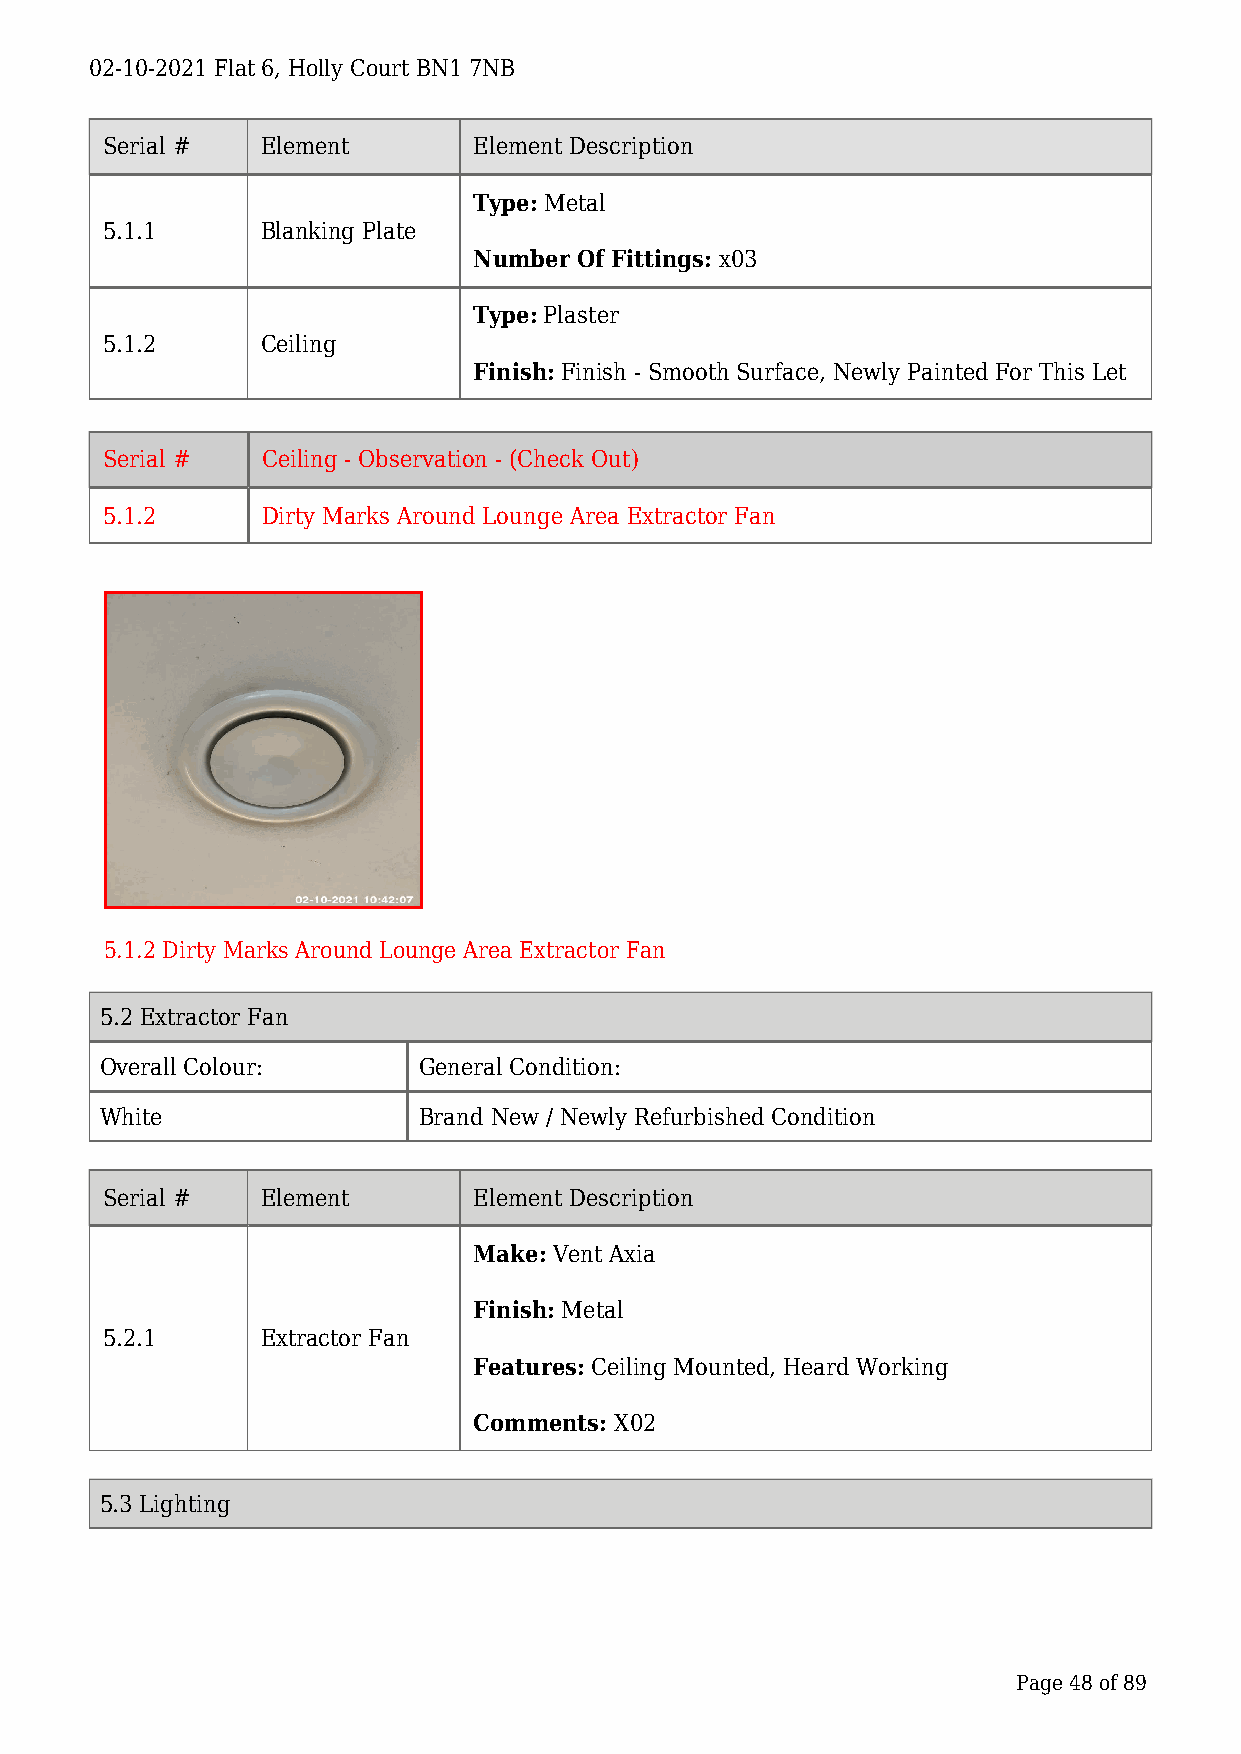
02-10-2021 Flat 6, Holly Court BN1 7NB
 Serial #  Element       Element Description
 Type: Metal
 5.1.1     Blanking Plate
 Number Of Fittings: x03
 Type: Plaster
 5.1.2     Ceiling
 Finish: Finish - Smooth Surface, Newly Painted For This Let
 Serial #  Ceiling - Observation - (Check Out)
 5.1.2     Dirty Marks Around Lounge Area Extractor Fan
 5.1.2 Dirty Marks Around Lounge Area Extractor Fan
 5.2 Extractor Fan
 Overall Colour:      General Condition:
 White                Brand New / Newly Refurbished Condition
 Serial #  Element       Element Description
 Make: Vent Axia
 Finish: Metal
 5.2.1     Extractor Fan
 Features: Ceiling Mounted, Heard Working
 Comments: X02
 5.3 Lighting
 Page 48 of 89